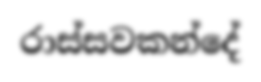
රාස්සවකන්දේ